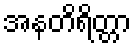
အနတိရိတ္တာ